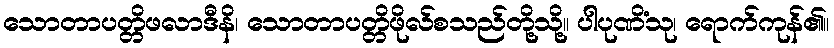
သောတာပတ္တိဖလာဒီနိ၊ သောတာပတ္တိဖိုလ်စသည်တို့သို့။ ပါပုဏိံသု၊ ရောက်ကုန်၏။